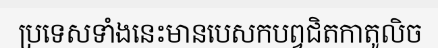
ប្រទេសទាំងនេះមានបេសកបព្វជិតកាតូលិច